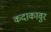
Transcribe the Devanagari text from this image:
कदाकावुर